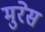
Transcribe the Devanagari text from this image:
मुरेस